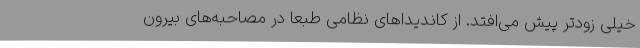
خیلی زودتر پیش می‌افتد. از کاندیداهای نظامی طبعاً در مصاحبه‌های بیرون